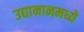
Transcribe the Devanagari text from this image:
उद्यानानमध्ये